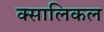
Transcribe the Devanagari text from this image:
क्सालिकल